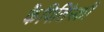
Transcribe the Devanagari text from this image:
कैपिलिंस्की